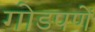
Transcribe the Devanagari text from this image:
गोडपणें